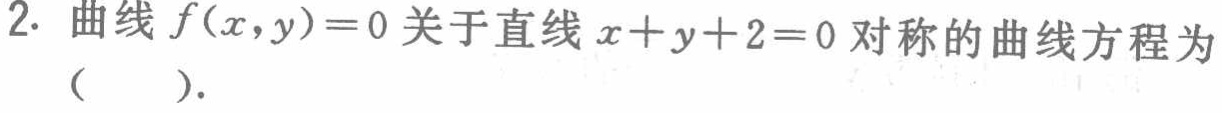
2. 曲线$f(x,y)=0$关于直线$x + y + 2 = 0$对称的曲线方程为（  ）.